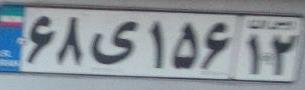
۶۸ی۱۵۶۱۲